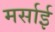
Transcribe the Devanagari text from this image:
मर्साई